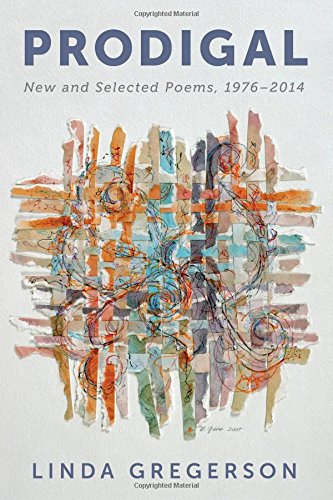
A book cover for Prodigal: New and Selected Poems, 1976 to 2014; Linda Gregerson; Literature & Fiction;